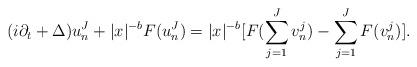
LaTeX: \begin{align*} (i\partial_t+\Delta)u_{n}^J+|x|^{-b}F(u_n^J)=|x|^{-b}[F(\sum_{j=1}^Jv_n^j)-\sum_{j=1}^JF(v_n^j)]. \end{align*}